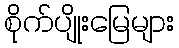
စိုက်ပျိုးမြေများ